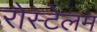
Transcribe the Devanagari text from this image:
रोस्टेलम